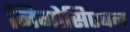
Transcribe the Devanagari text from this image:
निगोसिएबल